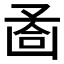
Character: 𠚔